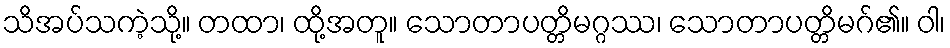
သိအပ်သကဲ့သို့။ တထာ၊ ထို့အတူ။ သောတာပတ္တိမဂ္ဂဿ၊ သောတာပတ္တိမဂ်၏။ ဝါ၊